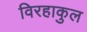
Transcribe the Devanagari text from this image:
विरहाकुल